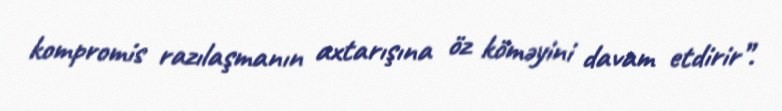
kompromis razılaşmanın axtarışına öz köməyini davam etdirir”.